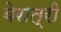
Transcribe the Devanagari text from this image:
बेरात्री